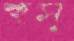
হুস্‌